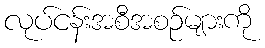
လုပ်ငန်းအစီအစဉ်များကို